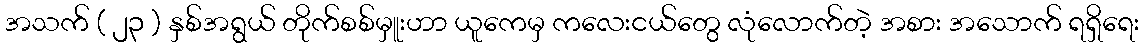
အသက် ( ၂၃ ) နှစ်အရွယ် တိုက်စစ်မှူးဟာ ယူကေမှ ကလေးငယ်တွေ လုံလောက်တဲ့ အစား အသောက် ရရှိရေး